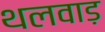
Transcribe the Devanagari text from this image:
थलवाड़